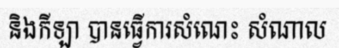
និងកីឡា បានធ្វើការសំណេះ សំណាល